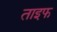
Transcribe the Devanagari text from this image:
ताइफ